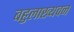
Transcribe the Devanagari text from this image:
बहुलाख्यवन